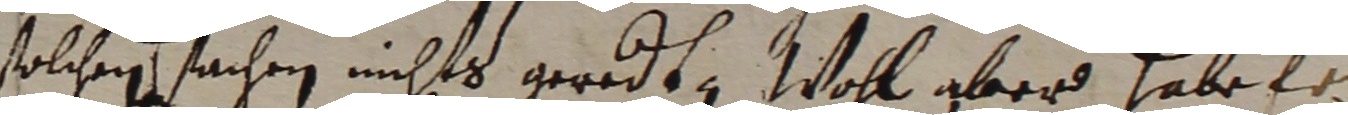
solchen sachen nichts geredt, woll aber habe fr